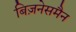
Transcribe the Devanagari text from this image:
बिज़नेसमैन